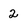
Character: 2